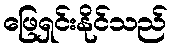
ဖြေရှင်းနိုင်သည်